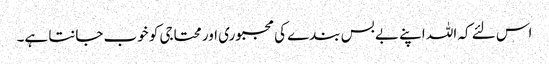
اس لئے کہ اللہ اپنے بے بس بندے کی مجبوری اور محتاجی کو خوب جانتا ہے۔